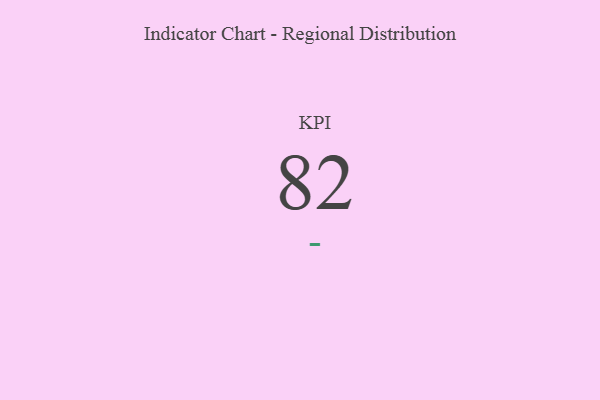
{"axis": {"x": "KPI", "y": "Value"}, "legend": [""], "data": [{"x": "KPI", "y": 82, "type": ""}]}